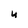
Character: y